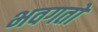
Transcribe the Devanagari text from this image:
भवगतो